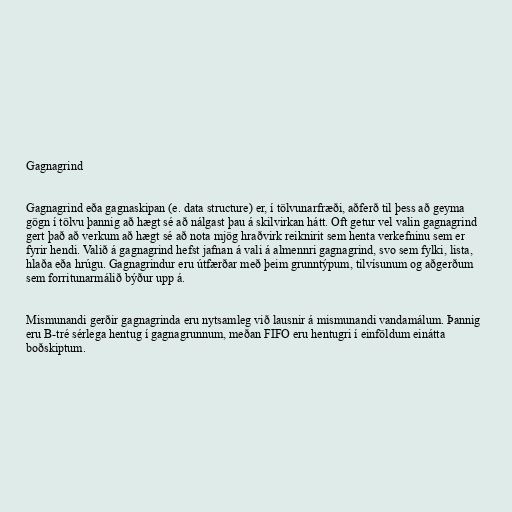
Gagnagrind

Gagnagrind eða gagnaskipan (e. data structure) er, í tölvunarfræði, aðferð til þess að geyma
gögn í tölvu þannig að hægt sé að nálgast þau á skilvirkan hátt. Oft getur vel valin gagnagrind
gert það að verkum að hægt sé að nota mjög hraðvirk reiknirit sem henta verkefninu sem er
fyrir hendi. Valið á gagnagrind hefst jafnan á vali á almennri gagnagrind, svo sem fylki, lista,
hlaða eða hrúgu. Gagnagrindur eru útfærðar með þeim grunntýpum, tilvísunum og aðgerðum
sem forritunarmálið býður upp á.

Mismunandi gerðir gagnagrinda eru nytsamleg við lausnir á mismunandi vandamálum. Þannig
eru B-tré sérlega hentug í gagnagrunnum, meðan FIFO eru hentugri í einföldum einátta
boðskiptum.